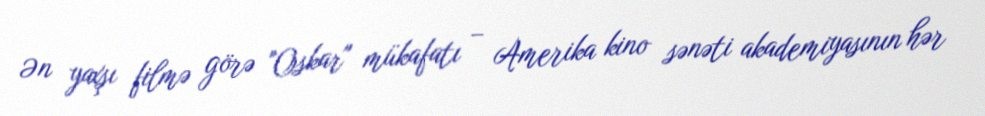
Ən yaxşı filmə görə "Oskar" mükafatı – Amerika kino sənəti akademiyasının hər